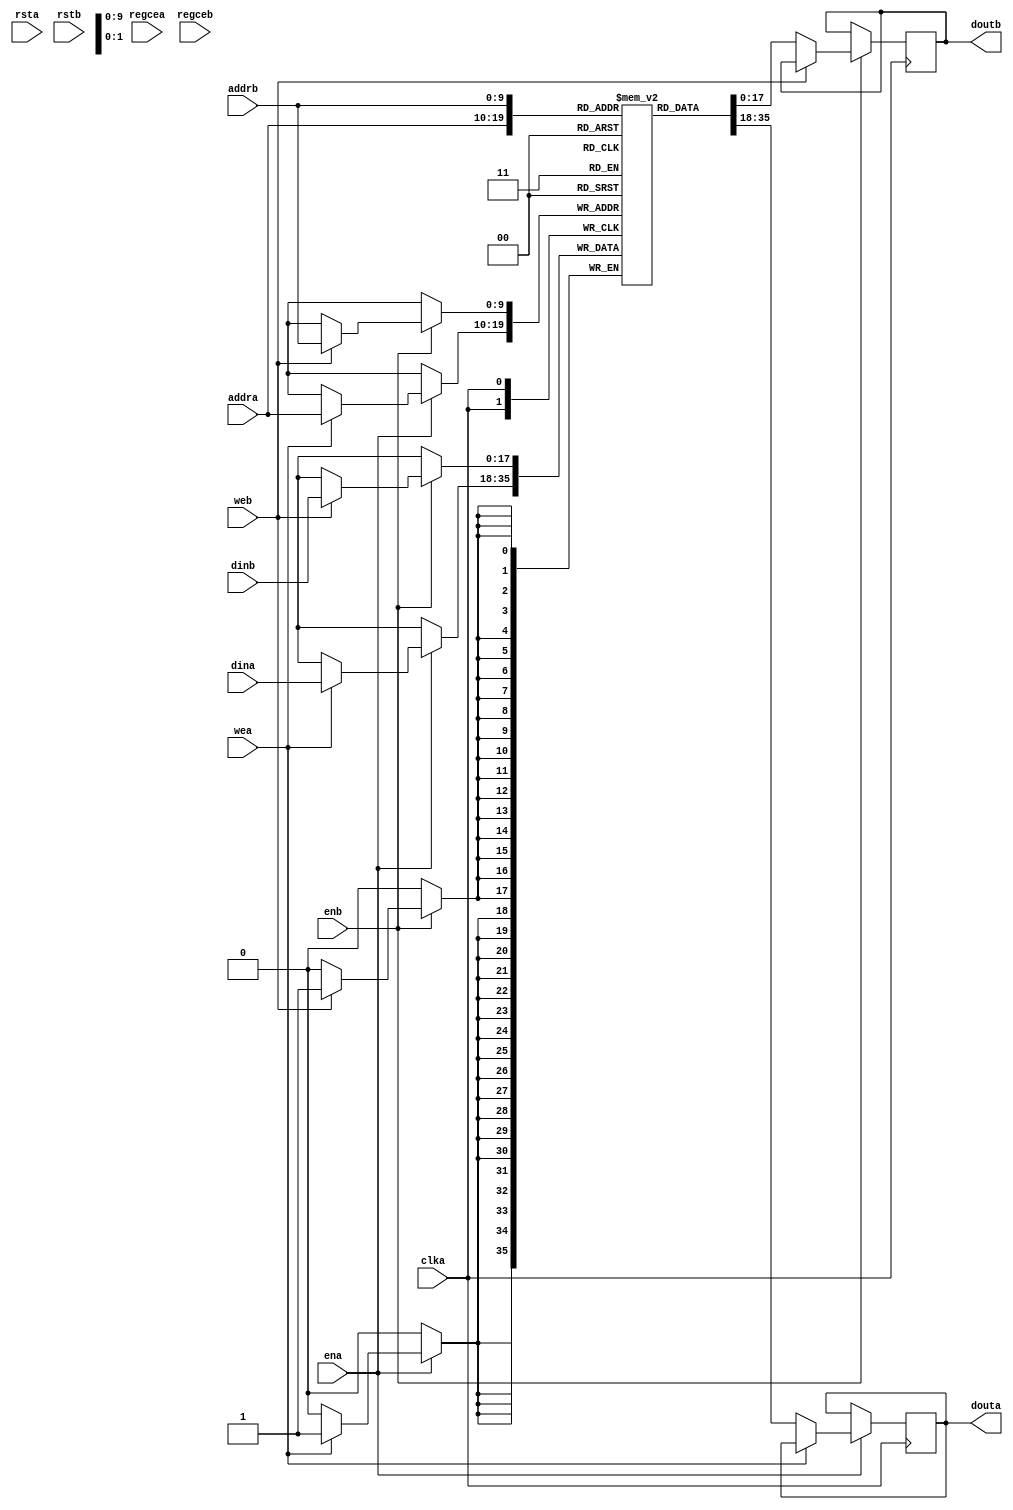

//  Xilinx True Dual Port RAM, No Change, Single Clock
//  This code implements a parameterizable true dual port memory (both ports can read and write).
//  This is a no change RAM which retains the last read value on the output during writes
//  which is the most power efficient mode.
//  If a reset or enable is not necessary, it may be tied off or removed from the code.

module xram2 #(
  parameter RAM_WIDTH = 18,                       // Specify RAM data width
  parameter RAM_DEPTH = 1024,                     // Specify RAM depth (number of entries)
  parameter RAM_TYPE = "block",
  parameter RAM_PERFORMANCE = "LOW_LATENCY", // Select "HIGH_PERFORMANCE" or "LOW_LATENCY" 
  parameter INIT_FILE = ""                        // Specify name/location of RAM initialization file if using one (leave blank if not)
) (
  input [clogb2(RAM_DEPTH-1)-1:0] addra,  // Port A address bus, width determined from RAM_DEPTH
  input [clogb2(RAM_DEPTH-1)-1:0] addrb,  // Port B address bus, width determined from RAM_DEPTH
  input [RAM_WIDTH-1:0] dina,           // Port A RAM input data
  input [RAM_WIDTH-1:0] dinb,           // Port B RAM input data
  input clka,                           // Clock
  input wea,                            // Port A write enable
  input web,                            // Port B write enable
  input ena,                            // Port A RAM Enable, for additional power savings, disable port when not in use
  input enb,                            // Port B RAM Enable, for additional power savings, disable port when not in use
  input rsta,                           // Port A output reset (does not affect memory contents)
  input rstb,                           // Port B output reset (does not affect memory contents)
  input regcea,                         // Port A output register enable
  input regceb,                         // Port B output register enable
  output [RAM_WIDTH-1:0] douta,         // Port A RAM output data
  output [RAM_WIDTH-1:0] doutb          // Port B RAM output data
);

  (* ram_style = RAM_TYPE *) (* cascade_height = 1 *) reg [RAM_WIDTH-1:0] BRAM [RAM_DEPTH-1:0];
  reg [RAM_WIDTH-1:0] ram_data_a = {RAM_WIDTH{1'b0}};
  reg [RAM_WIDTH-1:0] ram_data_b = {RAM_WIDTH{1'b0}};

  // The following code either initializes the memory values to a specified file or to all zeros to match hardware
  generate
    if (INIT_FILE != "") begin: use_init_file
      initial
        $readmemh(INIT_FILE, BRAM, 0, RAM_DEPTH-1);
    end else begin: init_bram_to_zero
      integer ram_index;
      initial
        for (ram_index = 0; ram_index < RAM_DEPTH; ram_index = ram_index + 1)
          BRAM[ram_index] = {RAM_WIDTH{1'b0}};
    end
  endgenerate

  always @(posedge clka)
    if (ena)
      if (wea)
        BRAM[addra] <= dina;
      else
        ram_data_a <= BRAM[addra];

  always @(posedge clka)
    if (enb)
      if (web)
        BRAM[addrb] <= dinb;
      else
        ram_data_b <= BRAM[addrb];

  //  The following code generates HIGH_PERFORMANCE (use output register) or LOW_LATENCY (no output register)
  generate
    if (RAM_PERFORMANCE == "LOW_LATENCY") begin: no_output_register

      // The following is a 1 clock cycle read latency at the cost of a longer clock-to-out timing
       assign douta = ram_data_a;
       assign doutb = ram_data_b;

    end else begin: output_register

      // The following is a 2 clock cycle read latency with improve clock-to-out timing

      reg [RAM_WIDTH-1:0] douta_reg = {RAM_WIDTH{1'b0}};
      reg [RAM_WIDTH-1:0] doutb_reg = {RAM_WIDTH{1'b0}};

      always @(posedge clka)
        if (rsta)
          douta_reg <= {RAM_WIDTH{1'b0}};
        else if (regcea)
          douta_reg <= ram_data_a;

      always @(posedge clka)
        if (rstb)
          doutb_reg <= {RAM_WIDTH{1'b0}};
        else if (regceb)
          doutb_reg <= ram_data_b;

      assign douta = douta_reg;
      assign doutb = doutb_reg;

    end
  endgenerate

  //  The following function calculates the address width based on specified RAM depth
  function integer clogb2;
    input integer depth;
      for (clogb2=0; depth>0; clogb2=clogb2+1)
        depth = depth >> 1;
  endfunction

endmodule

// The following is an instantiation template for xilinx_true_dual_port_no_change_1_clock_ram
/*
  //  Xilinx True Dual Port RAM, No Change, Single Clock
  xilinx_true_dual_port_no_change_1_clock_ram #(
    .RAM_WIDTH(18),                       // Specify RAM data width
    .RAM_DEPTH(1024),                     // Specify RAM depth (number of entries)
    .RAM_PERFORMANCE("HIGH_PERFORMANCE"), // Select "HIGH_PERFORMANCE" or "LOW_LATENCY" 
    .INIT_FILE = ""                        // Specify name/location of RAM initialization file if using one (leave blank if not)
  ) your_instance_name (
    .addra(addra),   // Port A address bus, width determined from RAM_DEPTH
    .addrb(addrb),   // Port B address bus, width determined from RAM_DEPTH
    .dina(dina),     // Port A RAM input data, width determined from RAM_WIDTH
    .dinb(dinb),     // Port B RAM input data, width determined from RAM_WIDTH
    .clka(clka),     // Clock
    .wea(wea),       // Port A write enable
    .web(web),       // Port B write enable
    .ena(ena),       // Port A RAM Enable, for additional power savings, disable port when not in use
    .enb(enb),       // Port B RAM Enable, for additional power savings, disable port when not in use
    .rsta(rsta),     // Port A output reset (does not affect memory contents)
    .rstb(rstb),     // Port B output reset (does not affect memory contents)
    .regcea(regcea), // Port A output register enable
    .regceb(regceb), // Port B output register enable
    .douta(douta),   // Port A RAM output data, width determined from RAM_WIDTH
    .doutb(doutb)    // Port B RAM output data, width determined from RAM_WIDTH
  );
*/